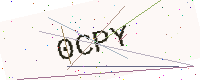
Text: 0CPY